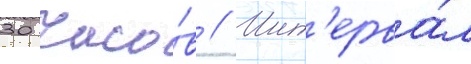
30 часо́в // Инт'ерва́л